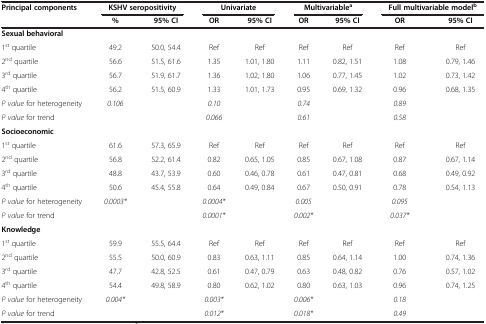
<table><thead><tr><td><b>Principal components</b></td><td colspan="2"><b>KSHV seropositivity</b></td><td colspan="2"><b>Univariate</b></td><td colspan="2"><b>Multivariable<sup>a</sup></b></td><td colspan="2"><b>Full multivariable model<sup>b</sup></b></td></tr><tr><td><b> </b></td><td><b>%</b></td><td><b>95% CI</b></td><td><b>OR</b></td><td><b>95% CI</b></td><td><b>OR</b></td><td><b>95% CI</b></td><td><b>OR</b></td><td><b>95% CI</b></td></tr></thead><tbody><tr><td><b>Sexual behavioral</b></td><td> </td><td> </td><td> </td><td> </td><td> </td><td> </td><td> </td><td> </td></tr><tr><td>1<sup>st</sup> quartile</td><td>49.2</td><td>50.0, 54.4</td><td>Ref</td><td>Ref</td><td>Ref</td><td>Ref</td><td>Ref</td><td>Ref</td></tr><tr><td>2<sup>nd</sup> quartile</td><td>56.6</td><td>51.5, 61.6</td><td>1.35</td><td>1.01, 1.80</td><td>1.11</td><td>0.82, 1.51</td><td>1.08</td><td>0.79, 1.46</td></tr><tr><td>3<sup>rd</sup> quartile</td><td>56.7</td><td>51.9, 61.7</td><td>1.36</td><td>1.02, 1.80</td><td>1.06</td><td>0.77, 1.45</td><td>1.02</td><td>0.73, 1.42</td></tr><tr><td>4<sup>th</sup> quartile</td><td>56.2</td><td>51.5, 60.9</td><td>1.33</td><td>1.01, 1.73</td><td>0.95</td><td>0.69, 1.32</td><td>0.96</td><td>0.68, 1.35</td></tr><tr><td><i>P value</i> for heterogeneity</td><td><i>0.106</i></td><td> </td><td><i>0.10</i></td><td> </td><td><i>0.74</i></td><td> </td><td><i>0.89</i></td><td> </td></tr><tr><td><i>P value</i> for trend</td><td> </td><td> </td><td><i>0.066</i></td><td> </td><td><i>0.61</i></td><td> </td><td><i>0.58</i></td><td> </td></tr><tr><td><b>Socioeconomic</b></td><td> </td><td> </td><td> </td><td> </td><td> </td><td> </td><td> </td><td> </td></tr><tr><td>1<sup>st</sup> quartile</td><td>61.6</td><td>57.3, 65.9</td><td>Ref</td><td>Ref</td><td>Ref</td><td>Ref</td><td>Ref</td><td>Ref</td></tr><tr><td>2<sup>nd</sup> quartile</td><td>56.8</td><td>52.2, 61.4</td><td>0.82</td><td>0.65, 1.05</td><td>0.85</td><td>0.67, 1.08</td><td>0.87</td><td>0.67, 1.14</td></tr><tr><td>3<sup>rd</sup> quartile</td><td>48.8</td><td>43.7, 53.9</td><td>0.60</td><td>0.46, 0.78</td><td>0.61</td><td>0.47, 0.81</td><td>0.68</td><td>0.49, 0.92</td></tr><tr><td>4<sup>th</sup> quartile</td><td>50.6</td><td>45.4, 55.8</td><td>0.64</td><td>0.49, 0.84</td><td>0.67</td><td>0.50, 0.91</td><td>0.78</td><td>0.54, 1.13</td></tr><tr><td><i>P value</i> for heterogeneity</td><td><i>0.0003*</i></td><td> </td><td><i>0.0004*</i></td><td> </td><td><i>0.005</i></td><td> </td><td><i>0.095</i></td><td> </td></tr><tr><td><i>P value</i> for trend</td><td> </td><td> </td><td><i>0.0001*</i></td><td> </td><td><i>0.002*</i></td><td> </td><td><i>0.037*</i></td><td> </td></tr><tr><td><b>Knowledge</b></td><td> </td><td> </td><td> </td><td> </td><td> </td><td> </td><td> </td><td> </td></tr><tr><td>1<sup>st</sup> quartile</td><td>59.9</td><td>55.5, 64.4</td><td>Ref</td><td>Ref</td><td>Ref</td><td>Ref</td><td>Ref</td><td>Ref</td></tr><tr><td>2<sup>nd</sup> quartile</td><td>55.5</td><td>50.0, 60.9</td><td>0.83</td><td>0.63, 1.11</td><td>0.85</td><td>0.64, 1.14</td><td>1.00</td><td>0.74, 1.36</td></tr><tr><td>3<sup>rd</sup> quartile</td><td>47.7</td><td>42.8, 52.5</td><td>0.61</td><td>0.47, 0.79</td><td>0.63</td><td>0.48, 0.82</td><td>0.76</td><td>0.57, 1.02</td></tr><tr><td>4<sup>th</sup> quartile</td><td>54.4</td><td>49.8, 58.9</td><td>0.80</td><td>0.62, 1.02</td><td>0.80</td><td>0.63, 1.03</td><td>0.96</td><td>0.74, 1.25</td></tr><tr><td><i>P value</i> for heterogeneity</td><td><i>0.004*</i></td><td> </td><td><i>0.003*</i></td><td> </td><td><i>0.006*</i></td><td> </td><td><i>0.18</i></td><td> </td></tr><tr><td><i>P value</i> for trend</td><td> </td><td> </td><td><i>0.012*</i></td><td> </td><td><i>0.018*</i></td><td> </td><td><i>0.49</i></td><td> </td></tr></tbody></table>